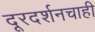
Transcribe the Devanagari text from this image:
दूरदर्शनचाही